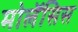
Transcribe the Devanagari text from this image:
मोलॅसिस